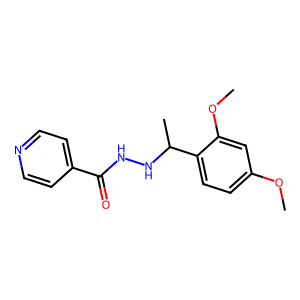
SMILES: COc1ccc(C(C)NNC(=O)c2ccncc2)c(OC)c1
Inhibits HIV replication: No